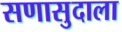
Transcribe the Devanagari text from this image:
सणासुदाला